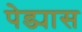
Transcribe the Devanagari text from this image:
पेड्यास